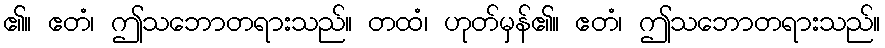
၏။ ဧတံ၊ ဤသဘောတရားသည်။ တထံ၊ ဟုတ်မှန်၏။ ဧတံ၊ ဤသဘောတရားသည်။